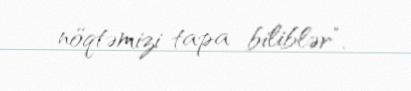
nöqtəmizi tapa biliblər”.